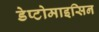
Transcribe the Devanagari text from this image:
डेप्टोमाइसिन